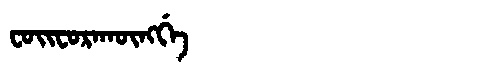
Manchu: ᠸᠣᡳᠸᠣᡵᠠᡴᡡᠩᡤᡝ
Romanization: FOIFORAKŪNGGE